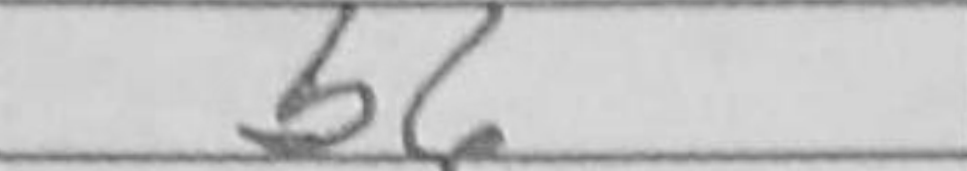
Transcription: b6